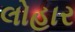
લોહાર